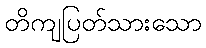
တိကျပြတ်သားသော